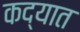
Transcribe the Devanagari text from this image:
कद्यात